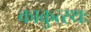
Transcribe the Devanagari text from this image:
काकुत्स्थः